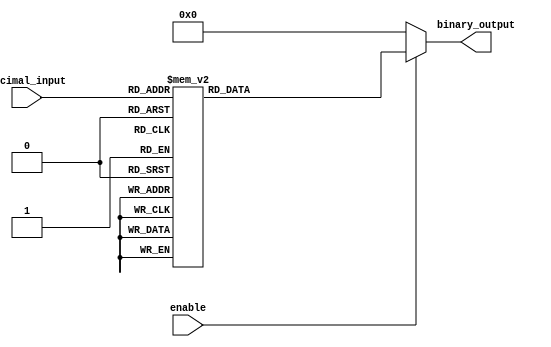
module DecimalToBinaryEncoder (
    input wire [3:0] decimal_input, // 4-bit decimal input
    input wire enable,               // Enable signal
    output reg [3:0] binary_output   // 4-bit binary output
);

// Combinational logic to encode decimal input to binary output
always @(*) begin
    if (!enable) begin
        binary_output = 4'b0000; // Default output when enable is low
    end else begin
        case (decimal_input)
            4'b0000: binary_output = 4'b0000; // 0
            4'b0001: binary_output = 4'b0001; // 1
            4'b0010: binary_output = 4'b0010; // 2
            4'b0011: binary_output = 4'b0011; // 3
            4'b0100: binary_output = 4'b0100; // 4
            4'b0101: binary_output = 4'b0101; // 5
            4'b0110: binary_output = 4'b0110; // 6
            4'b0111: binary_output = 4'b0111; // 7
            4'b1000: binary_output = 4'b1000; // 8
            4'b1001: binary_output = 4'b1001; // 9
            default: binary_output = 4'b0000; // Invalid input case
        endcase
    end
end

endmodule